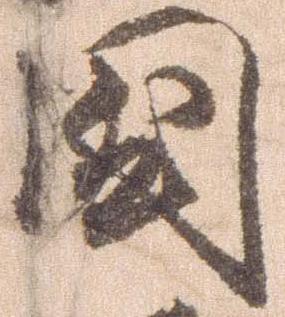
国